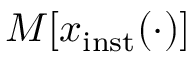
M \lbrack x _ { \mathrm { i n s t } } ( \cdot ) \rbrack